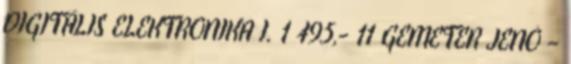
DIGITÁLIS ELEKTRONIKA I. 1 495,- 11 GEMETER JENŐ –